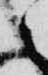
之